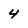
Character: 4